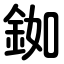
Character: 銣